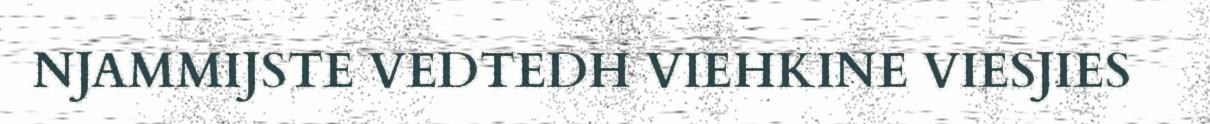
NJAMMIJSTE VEDTEDH VIEHKINE VIESJIES